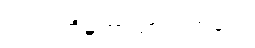
ဂဟပတိမဟာသာလကုလေ